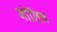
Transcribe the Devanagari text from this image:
बॉलिन